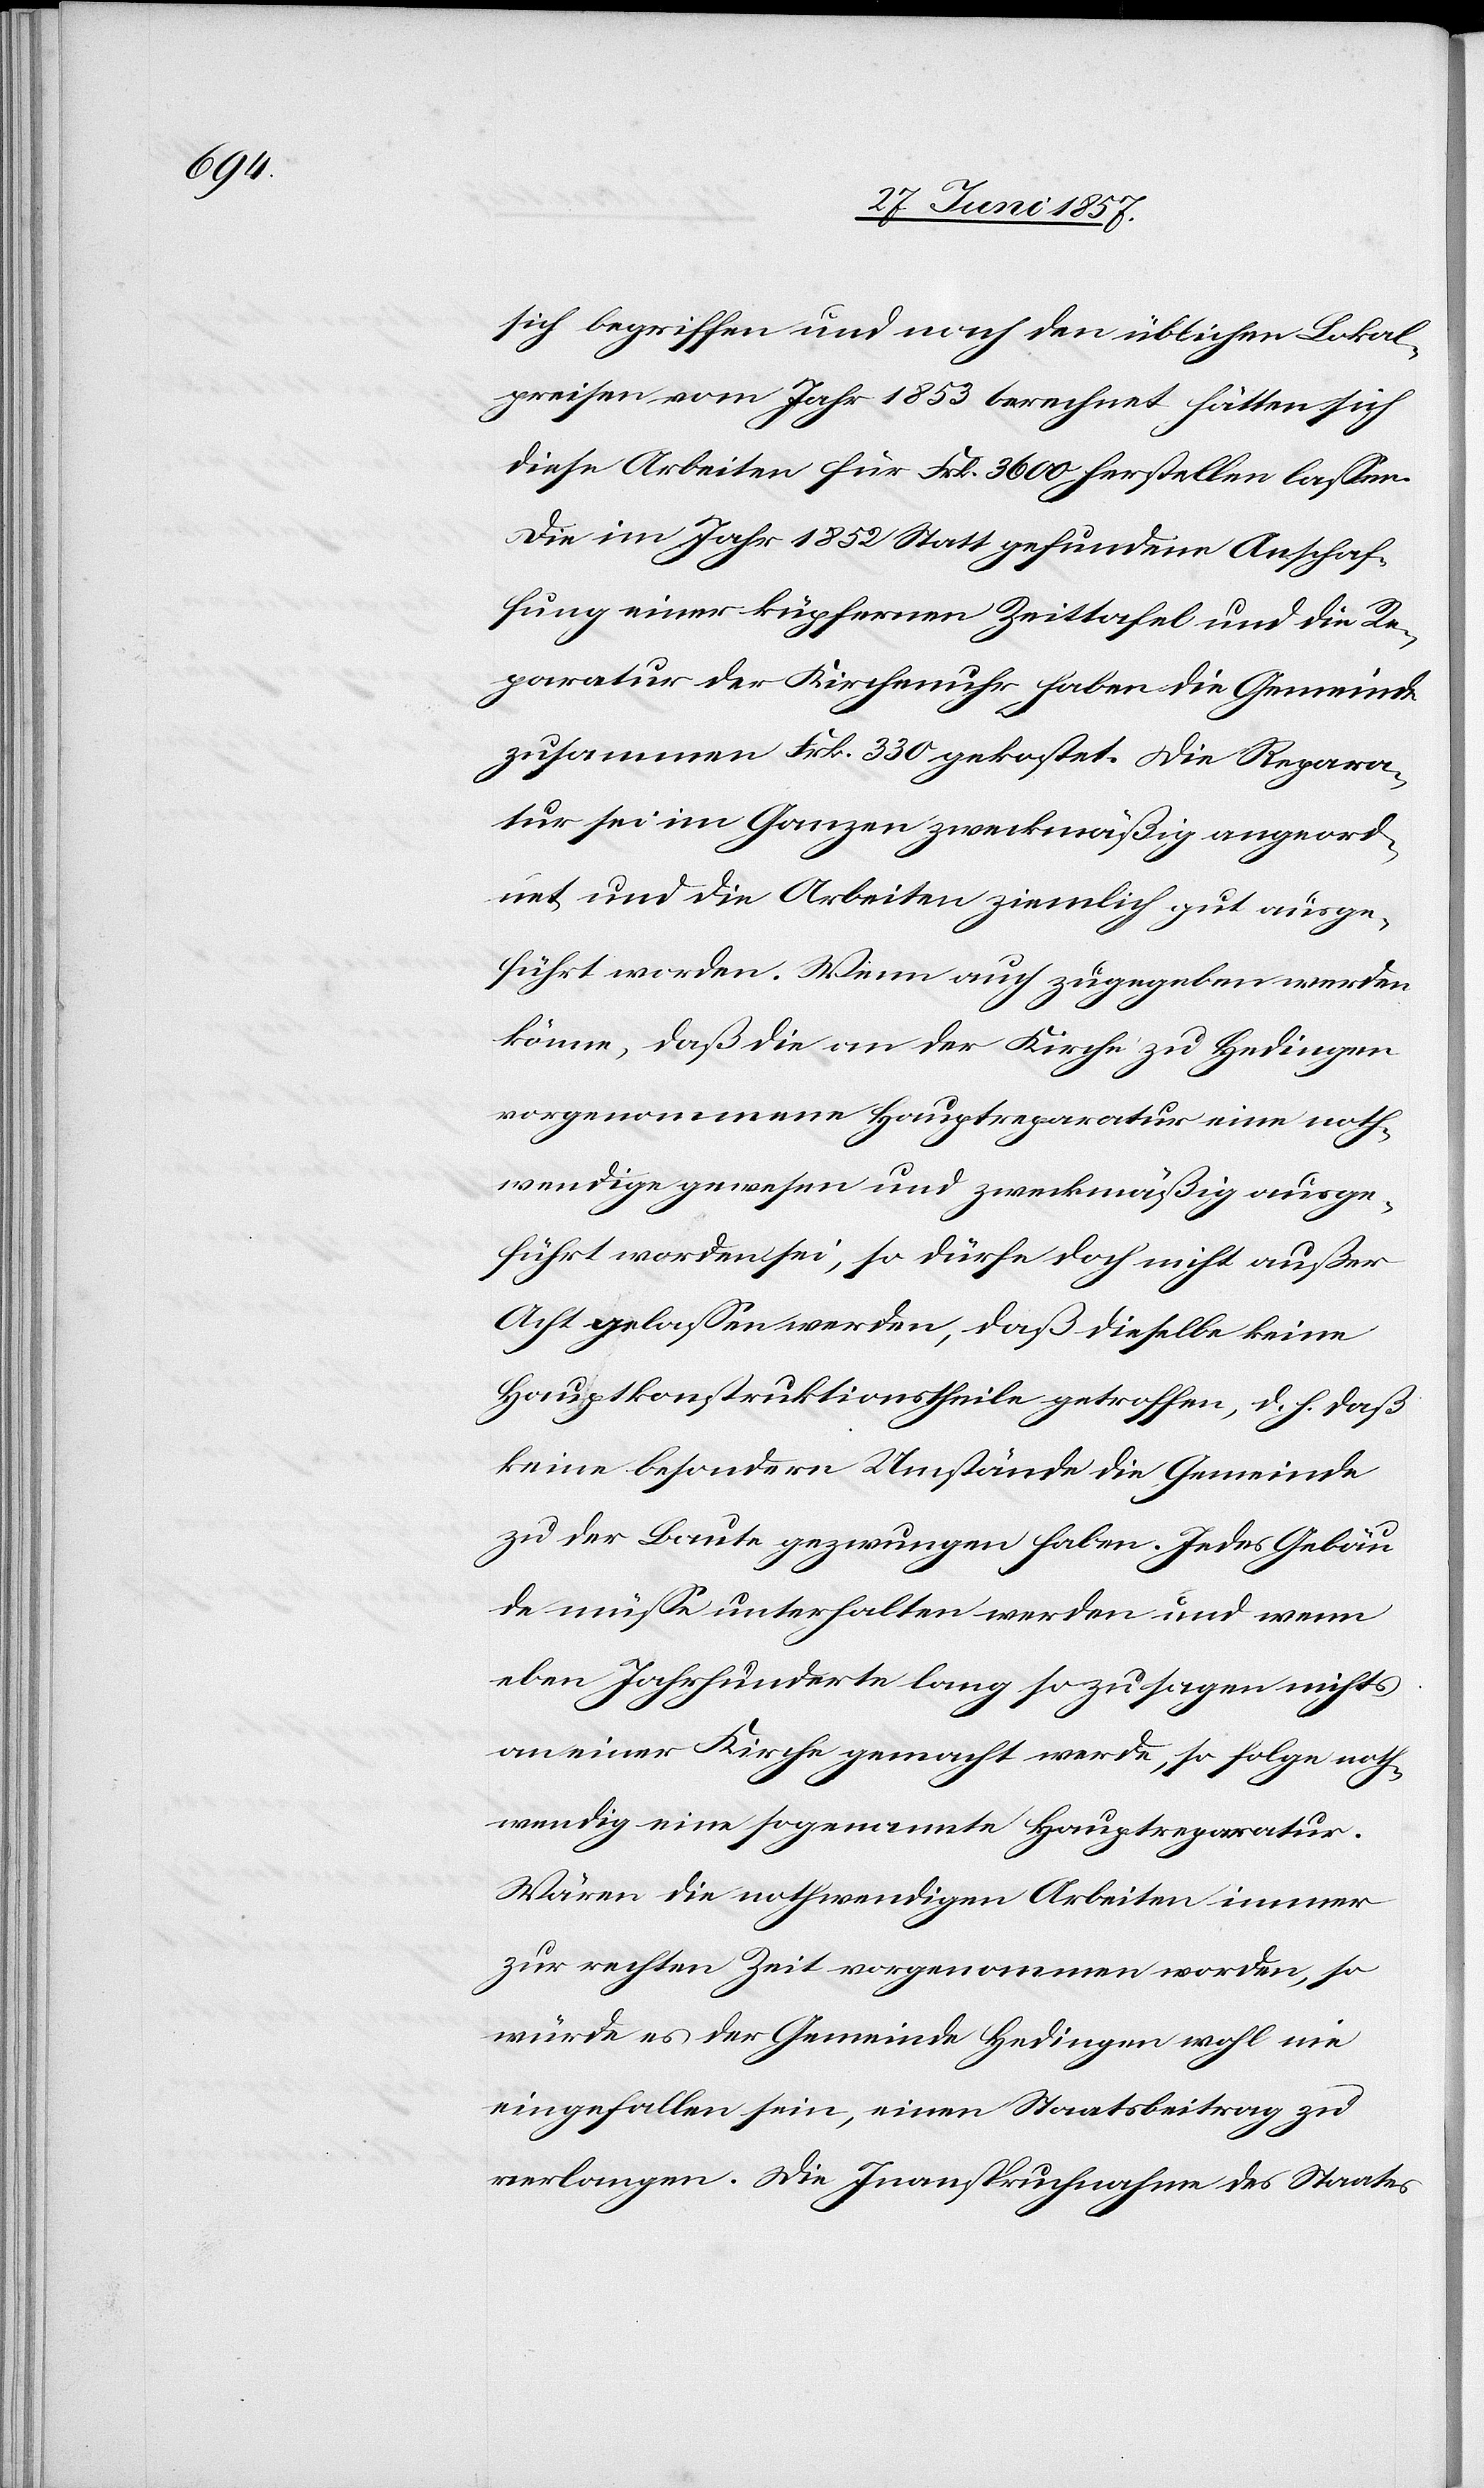
sich begriffen und nach den üblichen Lokal¬
preisen vom Jahr 1853 berechnet, hätten sich
diese Arbeiten für Frk. 3 600 herstellen lassen.
Die im Jahr 1852 Statt gefundene Anschaf¬
fung einer küpfernen Zeittafel und die Re¬
paratur der Kirchenuhr haben die Gemeinde
zusammen Frk. 330 gekostet. Die Repara¬
tur sei im Ganzen zweckmäßig angeord¬
net und die Arbeiten ziemlich gut ausge¬
führt worden. Wenn auch zugegeben werden
könne, daß die an der Kirche zu Hedingen
vorgenommene Hauptreparatur eine noth¬
wendige gewesen und zweckmäßig ausge¬
führt worden sei, so dürfe doch nicht außer
Acht gelassen werden, daß dieselbe keine
Hauptkonstruktionstheile getroffen, d. h. daß
keine besondern Umstände die Gemeinde
zur Baute gezwungen haben. Jedes Gebäu¬
de müsse unterhalten werden und wenn
eben Jahrhunderte lang so zu sagen nichts
an einer Kirche gemacht werde, so folge noth¬
wendig eine sogenannte Hauptreparatur.
Wären die nothwendigen Arbeiten immer
zur rechten Zeit vorgenommen worden, so
würde es der Gemeinde Hedingen wohl nie
eingefallen sein, einen Staatsbeitrag zu
verlangen. Die Inanspruchnahme des Staates